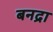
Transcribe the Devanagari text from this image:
बनद्रा